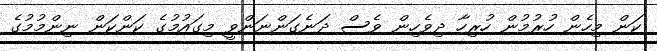
ކަން މިހެން ހުރުމުން ހުރިހާ ދިވެހިން ވެސް ދަނެގަންނަންވީ މިގައުމުގެ ކަންކަން ނިންމުމުގެ